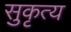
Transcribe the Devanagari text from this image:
सुकृत्य